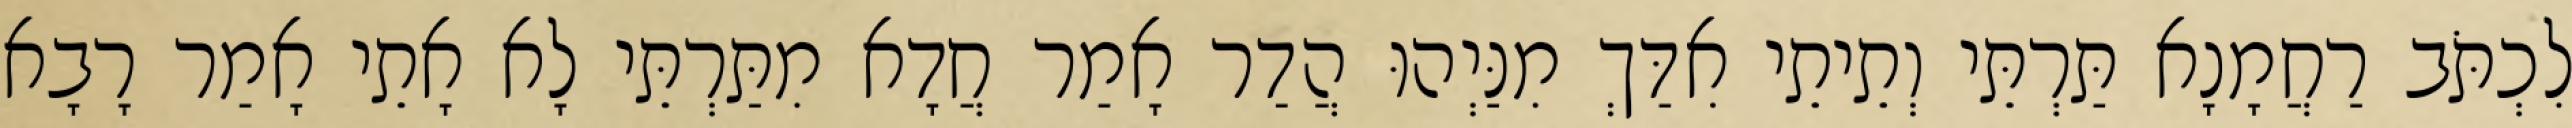
לִכְתֹּב רַחֲמָנָא תַּרְתֵּי וְתֵיתֵי אִדַּךְ מִנַּיְהוּ הֲדַר אָמַר חֲדָא מִתַּרְתֵּי לָא אָתֵי אָמַר רָבָא